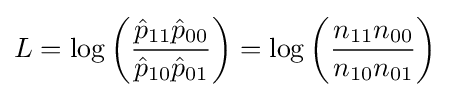
{L=\log \left({\dfrac {{\hat {p}}_{11}{\hat {p}}_{00}}{{\hat {p}}_{10}{\hat {p}}_{01}}}\right)=\log \left({\dfrac {n_{11}n_{00}}{n_{10}n_{01}}}\right)}